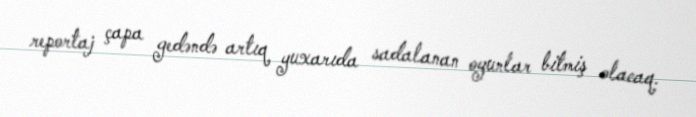
reportaj çapa gedəndə artıq yuxarıda sadalanan oyunlar bitmiş olacaq.